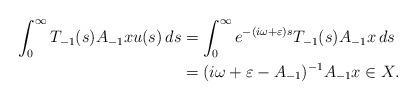
LaTeX: \begin{align*} \int_{0}^{\infty} T_{-1}(s)A_{-1}x u(s)\,ds &= \int_{0}^{\infty} e^{-(i\omega +\varepsilon) s}T_{-1}(s)A_{-1}x \,ds\\ & = (i\omega+\varepsilon -A_{-1})^{-1}A_{-1}x \in X. \end{align*}